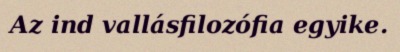
Az ind vallásfilozófia egyike.